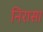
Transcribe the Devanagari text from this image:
निरासा